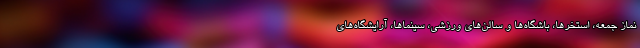
نماز جمعه، استخرها، باشگاه‌ها و سالن‌های ورزشی، سینماها، آرایشگاه‌های